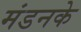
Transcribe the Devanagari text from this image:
मंडनके